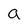
Character: a